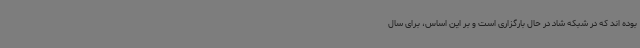
بوده اند که در شبکه شاد در حال بارگزاری است و بر این اساس، برای سال